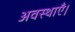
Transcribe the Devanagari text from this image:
अवस्थाएँ।